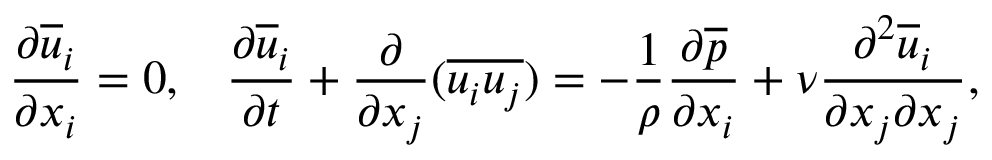
\frac { \partial \overline { { u } } _ { i } } { \partial x _ { i } } = 0 , \, ~ ~ \frac { \partial \overline { { u } } _ { i } } { \partial t } + \frac { \partial } { \partial x _ { j } } ( \overline { { u _ { i } u _ { j } } } ) = - \frac { 1 } { \rho } \frac { \partial \overline { { p } } } { \partial x _ { i } } + \nu \frac { \partial ^ { 2 } \overline { { u } } _ { i } } { \partial x _ { j } \partial x _ { j } } ,